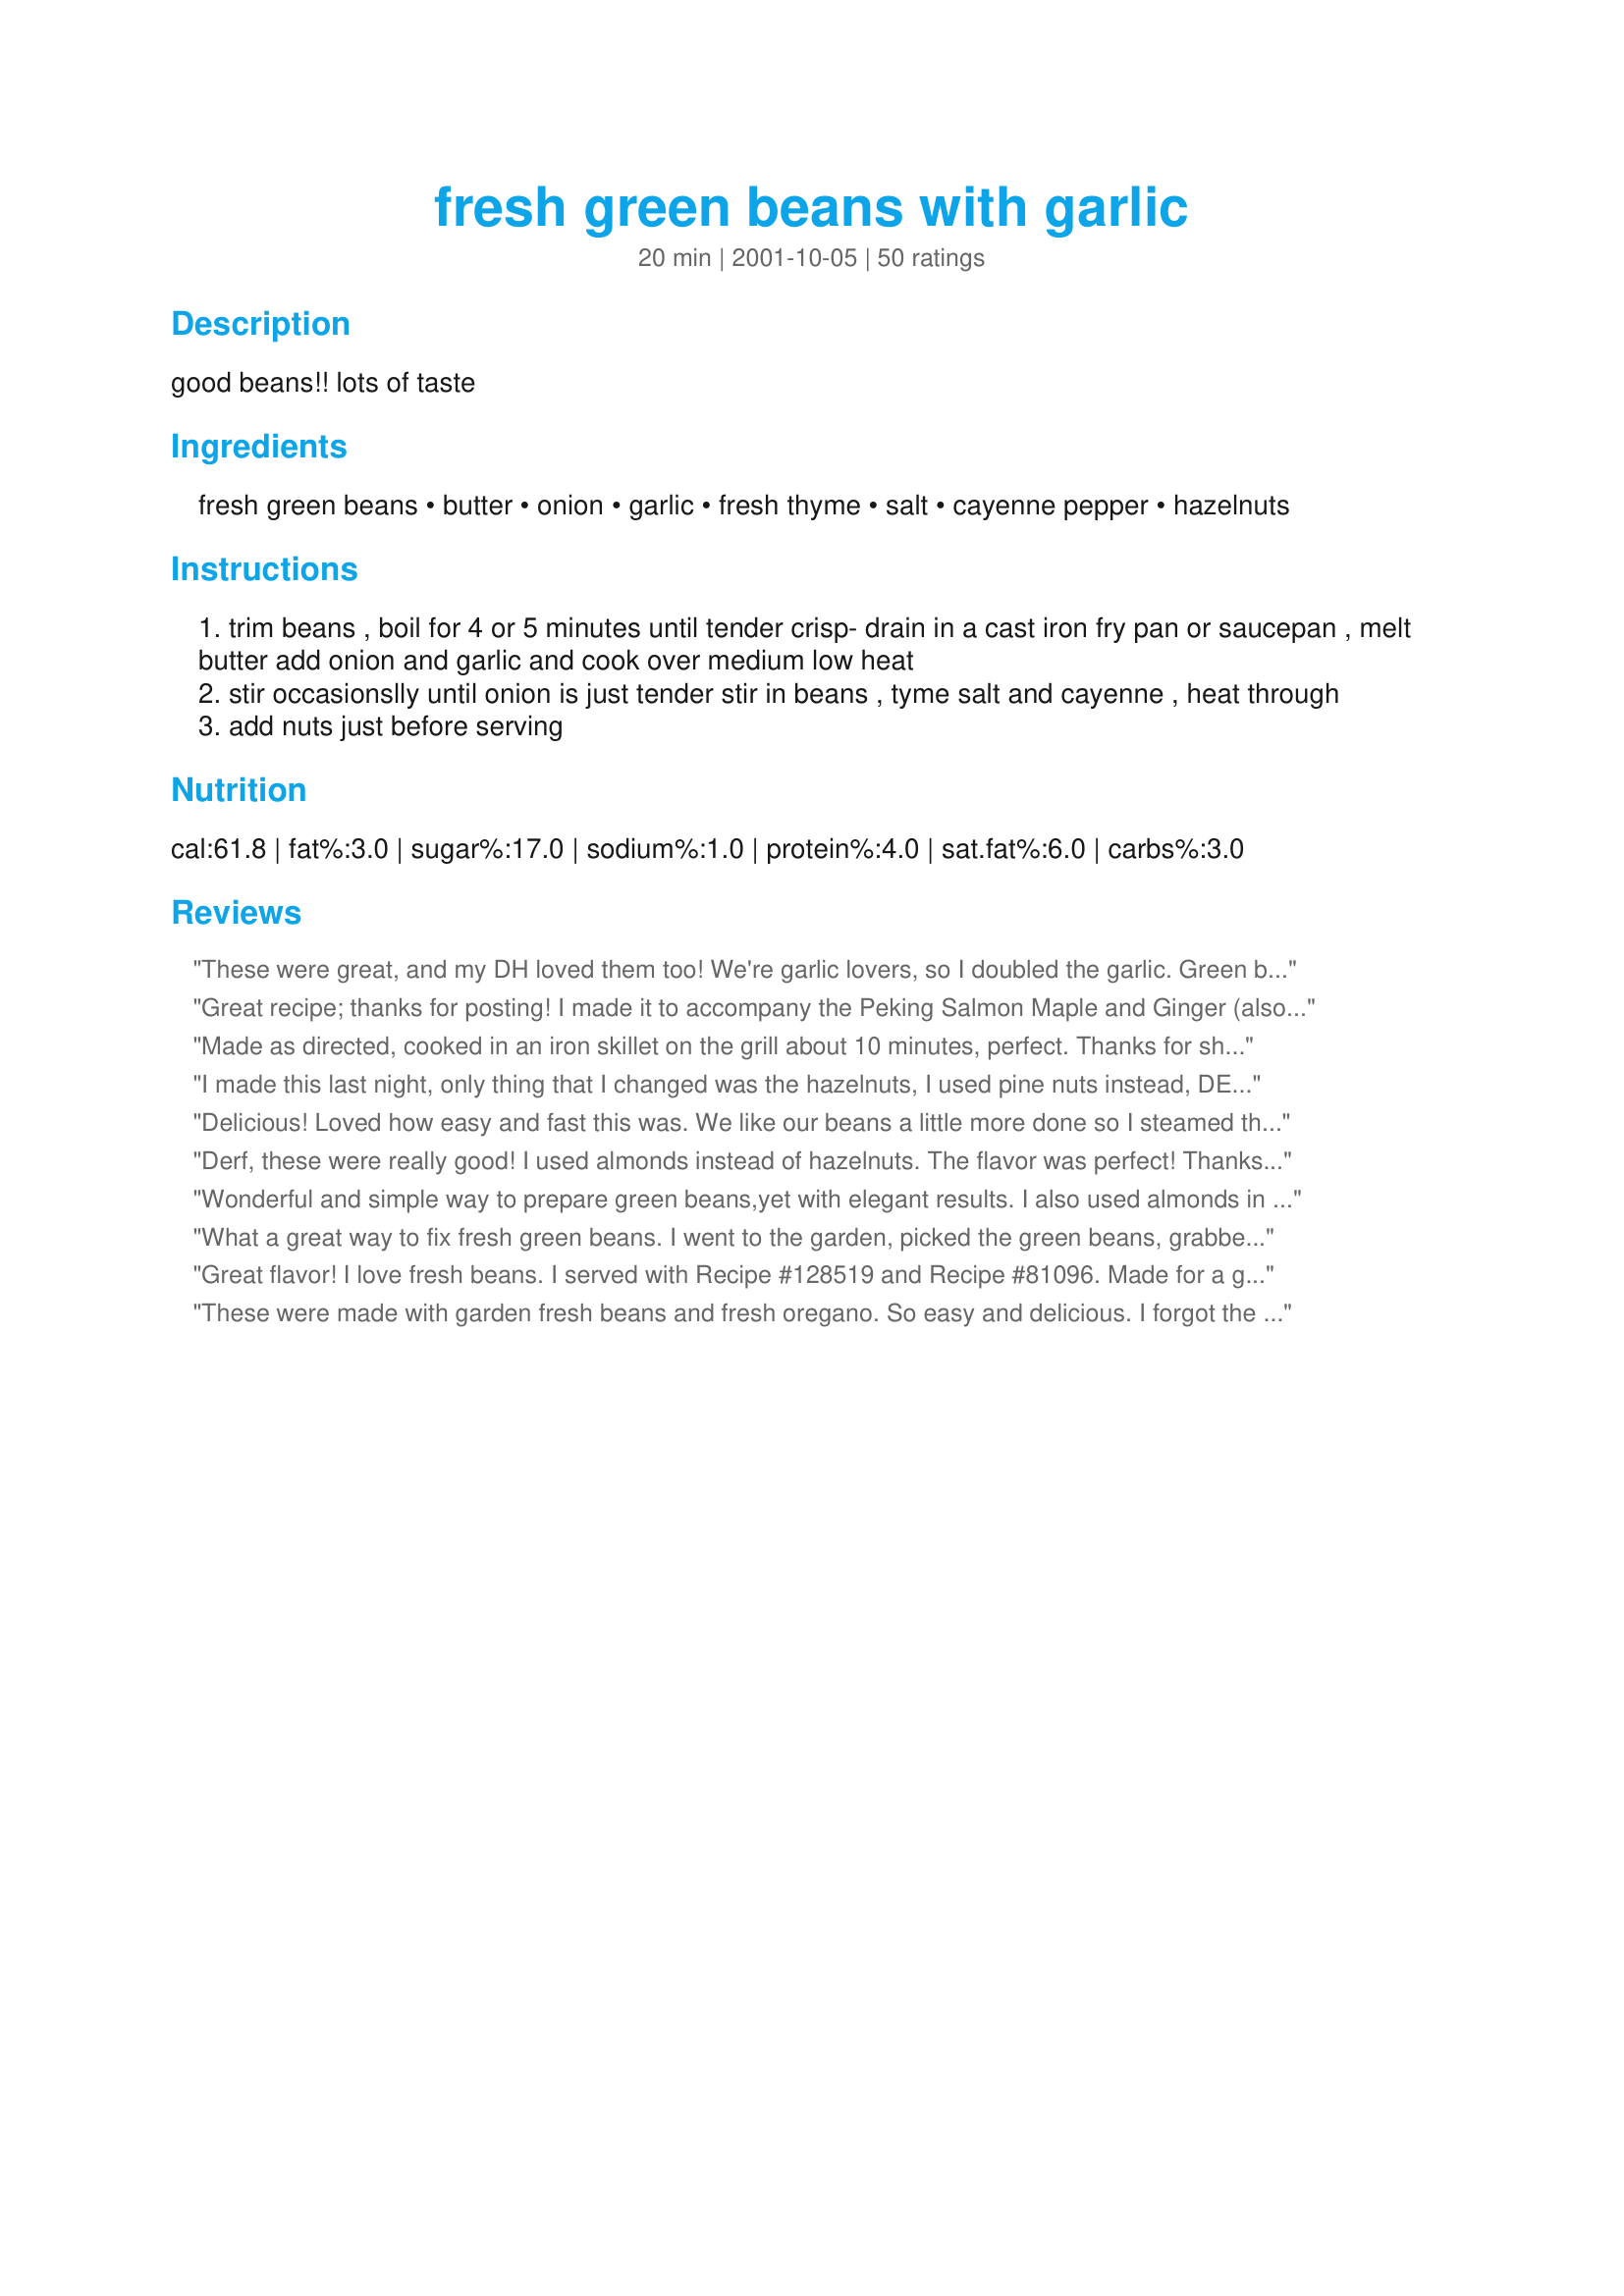
fresh green beans with garlic
Preparation time: 20 minutes

good beans!! lots of taste

Ingredients:
fresh green beans, butter, onion, garlic, fresh thyme, salt, cayenne pepper, hazelnuts

Steps:
trim beans , boil for 4 or 5 minutes until tender crisp- drain in a cast iron fry pan or saucepan , melt butter add onion and garlic and cook over medium low heat
stir occasionslly until onion is just tender stir in beans , tyme salt and cayenne , heat through
add nuts just before serving

Reviews:
These were great, and my DH loved them too! We're garlic lovers, so I doubled the garlic. Green beans were cooked, but still crispy. YUM! Thanks for sharing.
Great recipe; thanks for posting! I made it to accompany the Peking Salmon Maple and Ginger (also found on food.com). I used roasted cashew nuts, a purple onion and dried thyme. Loved it!
Made as directed, cooked in an iron skillet on the grill about 10 minutes, perfect. Thanks for sharing!
I made this last night, only thing that I changed was the hazelnuts, I used pine nuts instead, DELISH!!!
Delicious! Loved how easy and fast this was. We like our beans a little more done so I steamed them more like 7-8 minutes then proceeded as written, using dried thyme and slivered almonds at the end. How fantastic!
Derf, these were really good! I used almonds instead of hazelnuts. The flavor was perfect! Thanks for posting!
Wonderful and simple way to prepare green beans,yet with elegant results. I also used almonds in place of the hazelnuts.
What a great way to fix fresh green beans. I went to the garden, picked the green beans, grabbed some fresh thyme and came back in and fixed this recipe. I used toasted walnuts and a good sprinkling of sea salt to finish the dish. Absolutely delish! Thanks for posting.
Great flavor! I love fresh beans. I served with Recipe #128519 and Recipe #81096. Made for a great meal. Do try it.
These were made with garden fresh beans and fresh oregano. So easy and delicious. I forgot the nuts the first time around but did remember to add them with the leftovers. I used sliced almonds and they were perfect with the beans. Thanks for sharing this wonderfully easy recipe.
I made these beans as a side dish with Thanksgiving dinner and they were so good that I finished this before anything else!! While the beans were boiling, I sauteed onion first with italian seasoning and salt and pepper...then once then were starting to get soft, added 4 cloves of minced garlic. I added the beans after the onion mix was fully sauteed and returned everything together back on medium heat with extra butter and sauteed until the onions and garlic were caramelized....this brought out a nice sweet flavor and the beans were just so good!!!!
These were such a nice side dish with my meal. I will have them with the garlic and onions from now on. Such a step up from plain green beans and butter. I loved em! Oops almost forgot. I didn't use any nuts or cayenne pepper, and I used oregano in mine. Potzi
Yum! Hazelnuts are so wonderful with green beans! Make sure to toast the nuts first- it brings out their sweet nutty flavor. I skipped the cayenne and herbs and caramelized the onions a bit. A great simple and quick side dish.
A+ dish! Served for Easter and loved by all. I enjoyed this so much that I am making it again this week! Thanks for sharing!

SO easy to make too! I left off the nuts, due to allergic guests.
Prepared this recipe for a family gathering and it got rave reviews. It was extremely easy to prepare and had a wonderful flavor, I used almonds instead of hazelnuts because I had them already in the house and I used another individuals suggestion and used 1 tsp. butter and 1 tsp olive oil. Thanks for great recipe.
I couldn't believe it! My children actually really liked this. My family ate it all. We had no leftovers. I have been requested to make this again. I used a little less onions than the recipe called for, I used oregano and pecans as my nuts. Very good, easy to follow and I'll be making this again.
Mmmm, very good! I used dried thyme and didn't have any nuts, so I left those out. This is a great new way to use up all those fresh green beans in the garden. Thanks for posting!
Served this with baked tilapia and loved it - it complimented the fish really well.
AMAZING recipe, although I had to make a few substitutions to not having some ingredients on-hand. Used coconut oil, which imparted a very nice subtle taste, toasted chopped walnuts for hazel nuts,and abt 1/2 tsp of dried red peppers due to lack of cayenne. The beans were about 20 min out of the garden-fresh and I'm not sure I'll want to make fresh green beans any other way now.
Wonderful recipe! Very simple to prepare but gourmet in appearance and flavor. I used half butter and half olive oil (and ended up adding a little more butter at the end), and also added a bit of rosemary with the other herbs, omitting the cayenne. Instead of nuts, we tossed it with crumbled feta cheese ~ divine! I served it with a sirloin in Maine-iac's Steak Wine Marinade #18286; the herbs were a perfect pairing of the two dishes. Thanks!!
Yum! I used a purple onion and slivered almonds. A nice change from the usual.
Very nice! I plan to try this using diffent nut varieties. This time I used the hazel nuts. Yum YUM !! Thank you !
This is a really great green bean recipe. I live in the south so we usually season with ham or bacon but this recipe is a welcome change. It also works great in the microwave with frozen green beans and dried onion.
This was a delicious side dish and very easy for how beautiful and tasty it was. I used a red onion, dried oregano, and chopped almonds. I followed the directions esactly and they turned out great! Thanks so much!!
This was a nice change from the usual way I fix beans.
Yummy!
5 star all the way. I steamed my beans for abought 3 minutes, set them aside and a few minutes before serving finished the recipe, I had slivered toasted almonds on hand so used those. Not only a tasty recipe but great appearing as well Thanks Derf another do again recipe
These were amazing!
Really really yummy! My stepson even ate them, which is a challenge in itself for veggies. Thanks!
These are the best green beans i have ever made. i used cashews diced instead of hazel nut and added hymalayn pink salt. They turned out amazing even my 3 year old son loved them.
This made a wonderful side dish. I used almonds instead of hazlenuts and the recipe was delicious. I served this with another Recipezaar recipe called Roasted Sticky Chicken. I plan on making this again!
I didn't use any nuts, and this still came out with a great taste. I'll probably add some lemon juice next time and will use oregano instead of thyme.

This is a keeper!
I just loved these green beans.....so flavorful and crunchy..I definitely will be making them again..Thanks so much, Derf! Excellent!
This is the best green bean recipe ever. My son, who hates all vegetables, had 2 servings and then came back to make sure I didn't throw the leftovers away. We had guests over for dinner an they raved about them. I toasted the hazlenuts (350 for 10 minutes)...definitely use hazelnuts. Substituted shallots for onions and used fresh thyme. I never knew how to properly cook fresh green beans until now. This will be a staple recipe for my family. I can honestly say I have never been excited about a vegetable side dish before now.
Made these for dinner tonight with fresh ingredients from the farmers market. They smelled fantastic while cooking, but we weren&#039;t a fan of the thyme. If I made these again I&#039;d try the oregano. Served with grilled chicken and biscuits with homemade preserves.&lt;br/&gt;UPDATE: I made these again tonight using oregano instead of thyme. We all enjoyed them much better this way. We&#039;ll use oregano from now on and double the garlic. I increased the star rating based on our new review!
This was absolutely gorgeous!

I added in some mushrooms with the butter and the garlic before tossing in the beans and it was fantastic!

Really quick and easy, and filling as well!
Wow! Incredible recipe. My husband who will NOT eat green beans in any shape or form actually had SECONDS. I love the garlic, and the cayenne pepper gave it just the right amount of "kick". I used walnuts because that was all I had in the house, but turned out great. This one is a keeper for my house. Excellent!!!
This is an excellent green bean recipe. Very easy and flavorful.
My new favorite green bean recipe! I made it with half butter and half olive oil, and dried thyme. Even without the nuts, this was a definite winner, and my husband agreed enthusiastically. I'm sure it would be even better with nuts. Toasted for extra flavor, as my foodie son would suggest.) This went immediately into my personal notebook of winners, for regular use. Thank you!
Yummy. Someone had given us some fresh green beans and I wasn&#039;t sure what to do with them. I chose your recipe and we are all glad I did. I am now going to be on the lookout for fresh green beans in the store. thank you for sharing with us.
Mmmmmm. Good beans! I'm not a huge fan of green beans, but my BF loves them so I grew a row of KY Wonders this summer. Was searching Zaar to try and find a more interesting way of cooking them (rather than just boiled with ham and onion). So glad I found this recipe as it turned out to be a really nice/just a little different way to prepare....I used walnuts and oregano because it's what I had on hand. Fabulous! The oregano, cayenne, garlic and onion added a nice flavor without overpowering the fresh green beans. And the toasted nuts made for a wonderful, smoky undertone. This recipe makes me like green beans a little better! Thanks!
These were some of the best green beans I've ever eaten! I took someone else's suggestion and used almonds. Superb!
Very Very Good. Even tho I Added To Much Thyme...My bad. The Onions Went soo well.
I will deff. be making this again!
These green beans were fantastic. I used chopped fresh oregano and about 1/4 c. chopped hazelnuts and a pinch or two of cayenne. Great flavor. Thanks Dorothy.
This was a great way to serve green beans. I used Italian beans fresh from the garden, vidalia onion, fresh oregano, and pecans for the nuts. I also used a combination of butter & olive oil. My family really enjoyed this recipe and I will be making it again.
This is a great recipe! I subbed slivered almonds for the hazelnuts and omitted the cayenne pepper. I used salt pepper & thyme for seasonings in addition to the garlic & onion. Made kind of a Green Bean Almondine dish. very yummy, probably my favorite fresh green bean recipe to date!
Just found, made & fabulous!!
This was absolutely fabulous! My family loved this dish, and I will be making this one over and over again. Thanks for the recipe Derf!
These were really good. I used thyme, olive oil, and skipped the nuts. Will be making them again. Thanks!
This was remarkably good. I made it with 1/2 T of butter and 1/2 T of olive oil, 1/4 tsp of ground thyme (no fresh on hand) and a sprinkling of Parmesan instead of the cayenne and hazelnuts. My older daughter, who has never met a green vegetable that she liked, actually had THIRDS!
